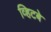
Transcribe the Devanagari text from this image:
व्हिटबे